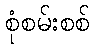
စုံစမ်းစစ်